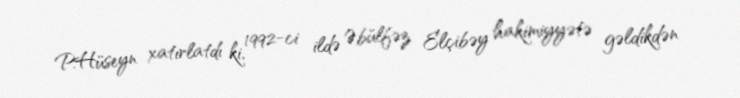
P.Hüseyn xatırlatdı ki, 1992-ci ildə Əbülfəz Elçibəy hakimiyyətə gəldikdən